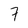
Character: 7